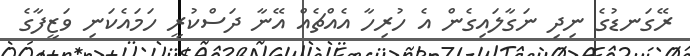
ރޭގަނޑުގެ ނިދި ނަގާލައިގެން އެ ހުރިހާ އެއްޗެއް އޭނާ ދަސްކުރީ ހަމައެކަނި ވަޒީފާގެ